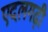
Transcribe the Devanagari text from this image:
एदलगढ़ी